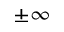
\pm \infty